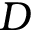
D